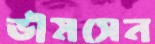
ভীমসেন